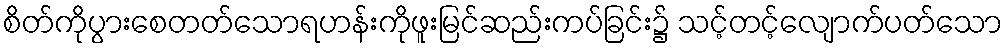
စိတ်ကိုပွားစေတတ်သောရဟန်းကိုဖူးမြင်ဆည်းကပ်ခြင်း၌ သင့်တင့်လျောက်ပတ်သော